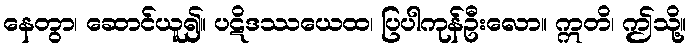
နေတွာ၊ ဆောင်ယူ၍။ ပဋိဒဿယေထ၊ ပြပါကုန်ဦးလော။ ဣတိ၊ ဤသို့။